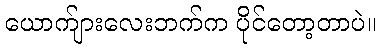
ယောက်ျားလေးဘက်က ပိုင်တော့တာပဲ။